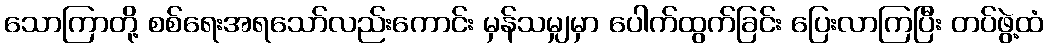
သောကြာတို့ စစ်ရေးအရသော်လည်းကောင်း မှန်သမျှမှာ ပေါက်ထွက်ခြင်း ပြေးလာကြပြီး တပ်ဖွဲ့ထံ